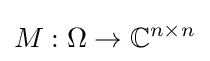
M:\Omega \rightarrow \mathbb {C} ^{n\times n}